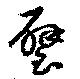
璧